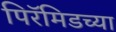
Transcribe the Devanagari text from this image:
पिरॅमिडच्या